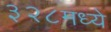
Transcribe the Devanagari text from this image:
३२८मध्ये